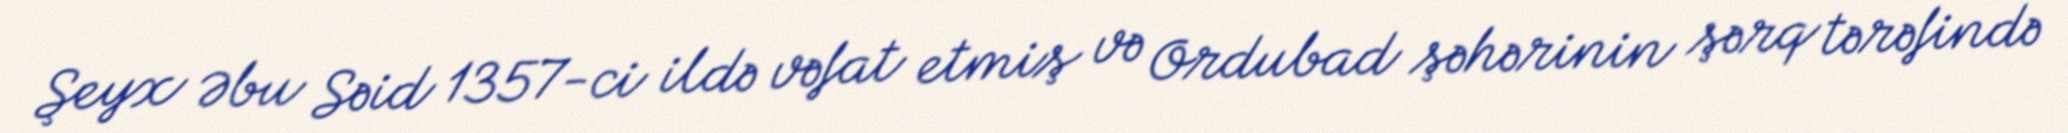
Şeyx Əbu Səid 1357-ci ildə vəfat etmiş və Ordubad şəhərinin şərq tərəfində